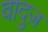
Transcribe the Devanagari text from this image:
वादुज़